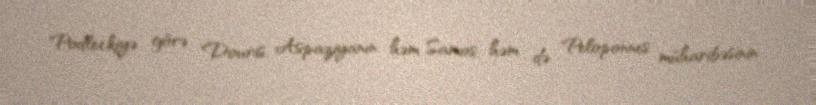
Podleckiyə görə Douris, Aspaziyanın həm Samos, həm də Peloponnes müharibəsinin